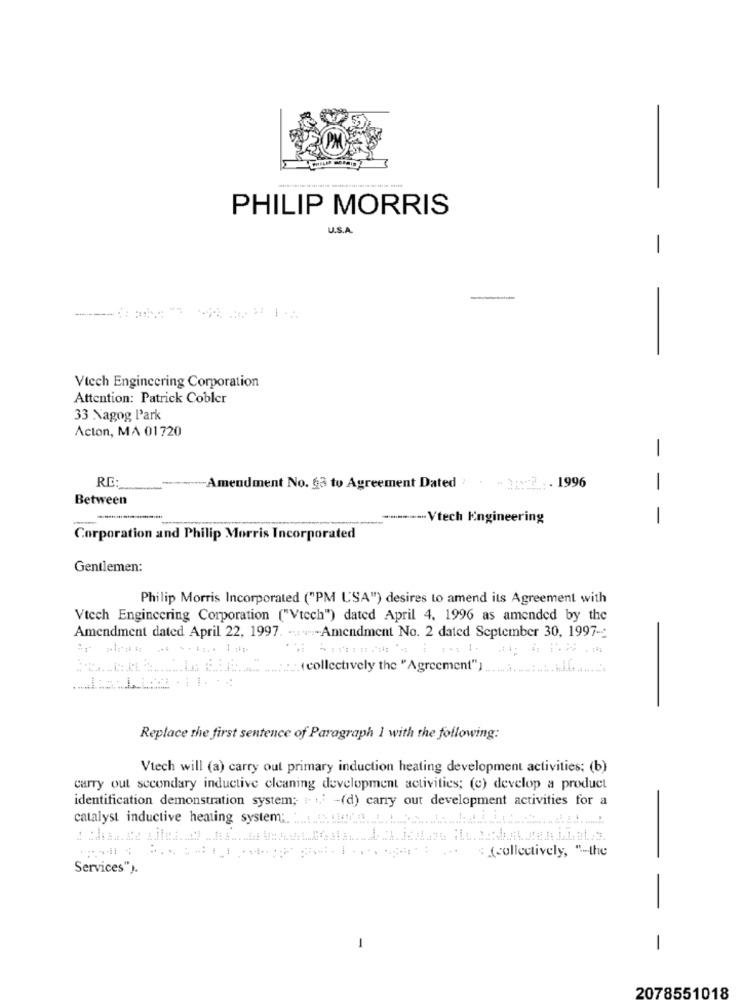
PHILIP MORRIS
U.S.A.
-
Vtech Engineering Corporation
Attention: Patrick Cobler
33 Nagog l'ark
Acton, MA 01720
-Amendment No. 63 to Agreement Dated . . . .. 1996
Between
**----- Vtech Engineering
- - -
Corporation and Philip Morris Incorporated
Gentlemen:
Philip Morris Incorporated ("PM L'SA") desires to amend its Agreement with
Vtech Engineering Corporation ("Vtech") dated April 4, 1996 as amended by the
Amendment dated April 22, 1997. --- Amendment No. 2 dated September 30, 1997 -:
:::. (collectively the "Agreement") ................ ......
Replace the first sentence of Paragraph 1 with the following:
Vtech will (a) carry out primary induction heating development activities; (b)
carry out secondary inductive cleaning development activities; (c) develop a product
identification demonstration system; .. ..: - (d) carry out development activities for a
catalyst inductive heating system ;.
(collectively, "-the
-
Services").
-
- -
2078551018